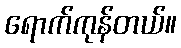
ရောက်ကုန်တယ်။